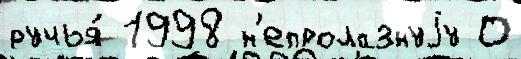
ручья́ 1998 н'епролазнуjу О